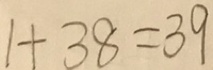
1 + 3 8 = 3 9